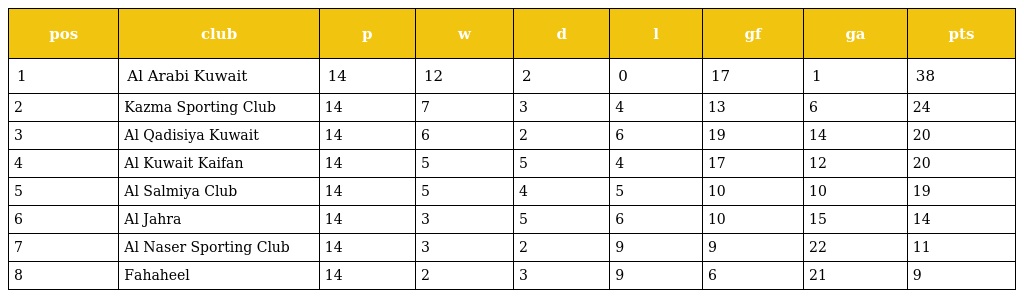
| pos | club | p | w | d | l | gf | ga | pts |
 | --- | --- | --- | --- | --- | --- | --- | --- | --- |
 | 1 | Al Arabi Kuwait | 14 | 12 | 2 | 0 | 17 | 1 | 38 |
 | 2 | Kazma Sporting Club | 14 | 7 | 3 | 4 | 13 | 6 | 24 |
 | 3 | Al Qadisiya Kuwait | 14 | 6 | 2 | 6 | 19 | 14 | 20 |
 | 4 | Al Kuwait Kaifan | 14 | 5 | 5 | 4 | 17 | 12 | 20 |
 | 5 | Al Salmiya Club | 14 | 5 | 4 | 5 | 10 | 10 | 19 |
 | 6 | Al Jahra | 14 | 3 | 5 | 6 | 10 | 15 | 14 |
 | 7 | Al Naser Sporting Club | 14 | 3 | 2 | 9 | 9 | 22 | 11 |
 | 8 | Fahaheel | 14 | 2 | 3 | 9 | 6 | 21 | 9 |